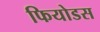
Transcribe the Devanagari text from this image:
फियोडस